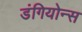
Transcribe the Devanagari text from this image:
डंगियोन्स